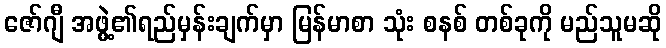
ဇော်ဂျီ အဖွဲ့၏ရည်မှန်းချက်မှာ မြန်မာစာ သုံး စနစ် တစ်ခုကို မည်သူမဆို